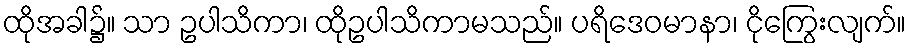
ထိုအခါ၌။ သာ ဥပါသိကာ၊ ထိုဥပါသိကာမသည်။ ပရိဒေဝမာနာ၊ ငိုကြွေးလျက်။